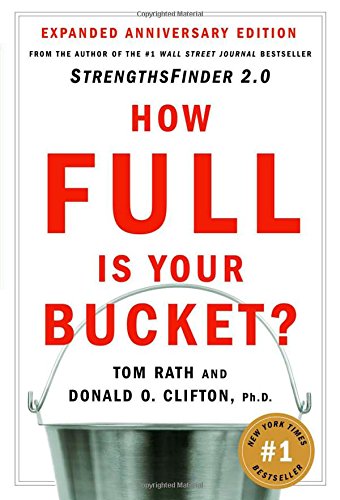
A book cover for How Full Is Your Bucket?; Tom Rath; Self-Help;